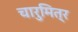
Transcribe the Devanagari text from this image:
चारुमित्र